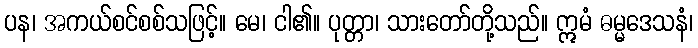
ပန၊ အကယ်စင်စစ်သဖြင့်။ မေ၊ ငါ၏။ ပုတ္တာ၊ သားတော်တို့သည်။ ဣမံ ဓမ္မဒေသနံ၊